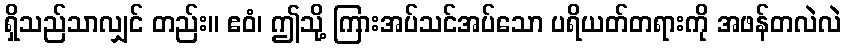
ရှိသည်သာလျှင် တည်း။ ဧဝံ၊ ဤသို့ ကြားအပ်သင်အပ်သော ပရိယတ်တရားကို အဖန်တလဲလဲ